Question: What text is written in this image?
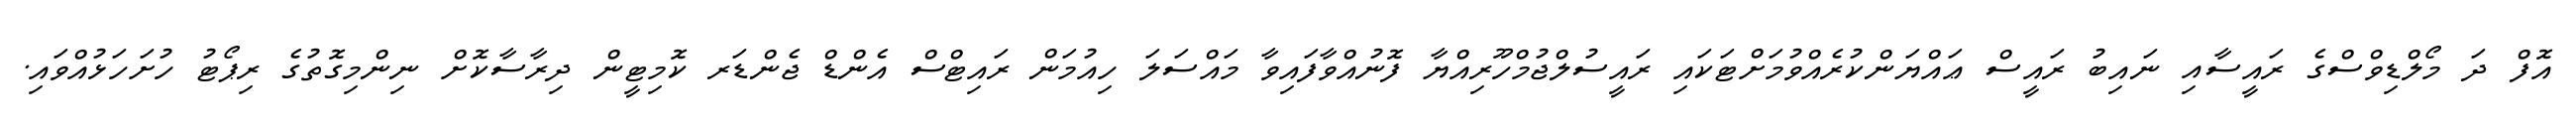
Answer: އޮފް ދަ މޯލްޑިވްސްގެ ރައީސާއި ނައިބު ރައީސް ޢައްޔަންކުރެއްވުމަށްޓަކައި ރައީސުލްޖުމްހޫރިއްޔާ ފޮނުއްވާފައިވާ މައްސަލަ ހިއުމަން ރައިޓްސް އެންޑް ޖެންޑަރ ކޮމިޓީން ދިރާސާކޮށް ނިންމިގޮތުގެ ރިޕޯޓު ހުށަހަޅުއްވައި.